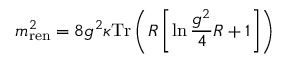
m _ { \mathrm { r e n } } ^ { 2 } = 8 g ^ { 2 } \kappa \mathrm { T r } \left( { \cal R } \left[ \ln \frac { g ^ { 2 } } { 4 } { \cal R } + 1 \right] \right)